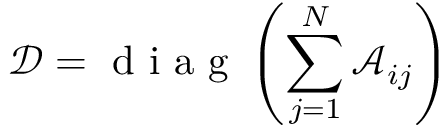
\mathcal { D } = \mathrm { ~ d ~ i ~ a ~ g ~ } \left( \sum _ { j = 1 } ^ { N } \mathcal { A } _ { i j } \right)